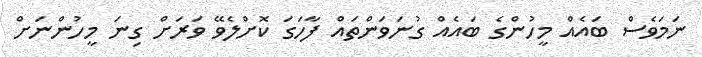
ނަމަވެސް ބައެއް މީހުންގެ ބައެއް ގުނަވަންތައް ފާހަގަ ކޮށްލެވޭ ވަރަށް ގިނަ މީހުންނަށް